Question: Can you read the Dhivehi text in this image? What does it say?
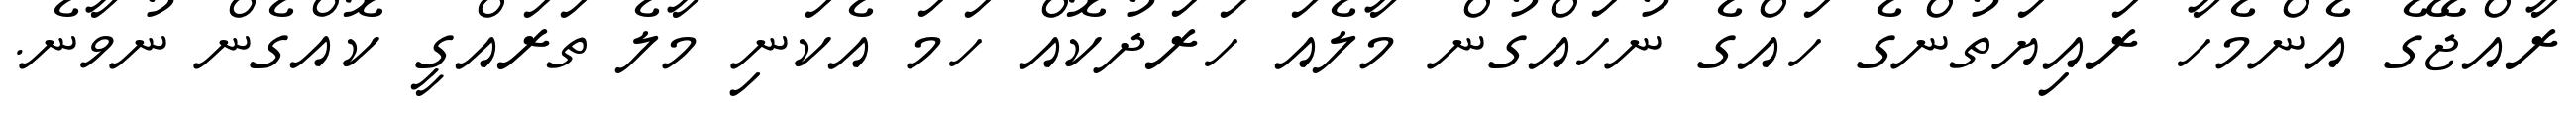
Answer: ރާއްޖޭގެ އެންމެހާ ރައިޔަތުންގެ ހައްގެ ނުހައްގުން މާލެއަ ހަރަދުކޮއް ހަމަ އެކަނި މާލެ ތަރައްގީ ކޮއްގެން ނުވާނެ.